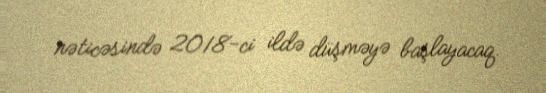
nəticəsində 2018-ci ildə düşməyə başlayacaq.